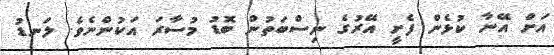
އަށް އޭނާ ކުޅެން ފެށީ އޭރުގެ ނިސްބަތުން ބޮޑު މުސާރަ އަކުންނެވެ. ލަނޑު